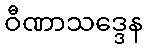
ဝီဏာသဒ္ဒေန